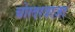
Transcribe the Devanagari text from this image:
चोरदरवाज़ा